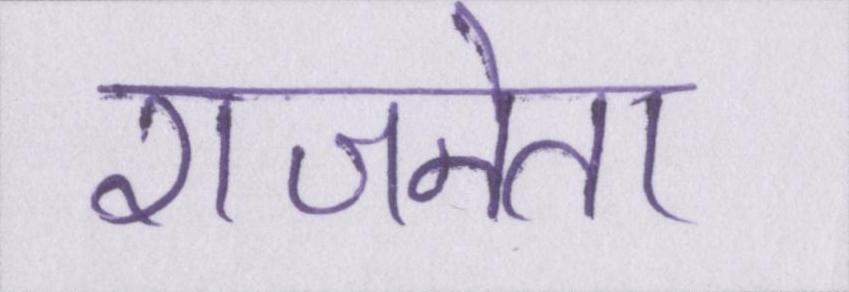
राजनेता